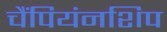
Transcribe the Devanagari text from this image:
चैंपियंनशिप